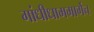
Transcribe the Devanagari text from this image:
गांधीधाममार्गेच